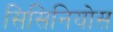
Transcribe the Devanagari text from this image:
सिसिनियोस